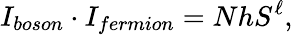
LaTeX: I_{boson}\cdot I_{fermion}=NhS^{\ell},